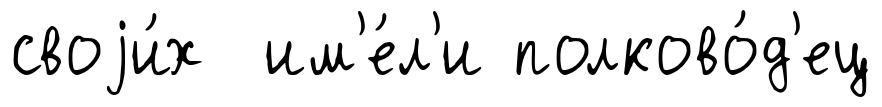
своjи́х им'е́л'и полково́д'ец